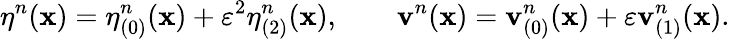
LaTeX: \eta^{n}(\mathbf{x})=\eta_{(0)}^{n}(\mathbf{x})+\varepsilon^{2}\eta_{(2)}^{n}(\mathbf{x}),\qquad\mathbf{v}^{n}(\mathbf{x})=\mathbf{v}_{(0)}^{n}(\mathbf{x})+\varepsilon\mathbf{v}_{(1)}^{n}(\mathbf{x}).